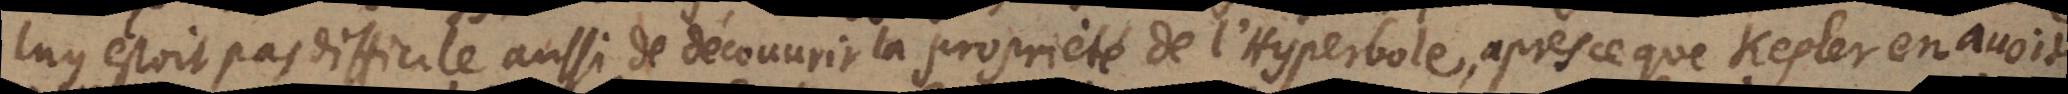
luy estoit pas difficile aussi de découvrir la proprieté de l’Hyperbole, après ce que Kepler en avoit